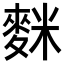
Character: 𪌬